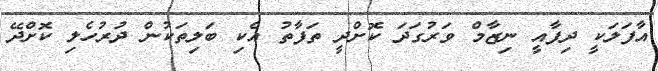
އާފަލަކީ ދިފާއީ ނިޒާމް ވަރުގަދަ ކޮށްދީ ތަފާތު އެކި ބަލިތަކުން ދުރުހެލި ކޮށްދޭ